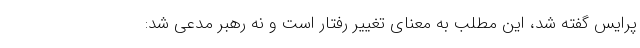
پرایس گفته شد، این مطلب به معنای تغییر رفتار است و نه رهبر مدعی شد: